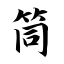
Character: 筒